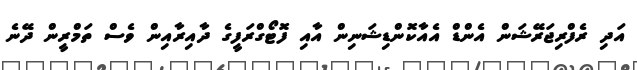
އަދި ރެފްރިޖަރޭޝަން އެންޑް އެއާކޮންޑިޝަނިން އާއި ފޮޓޯގްރަފީގެ ދާއިރާއިން ވެސް ތަމްރީން ދޭނެ